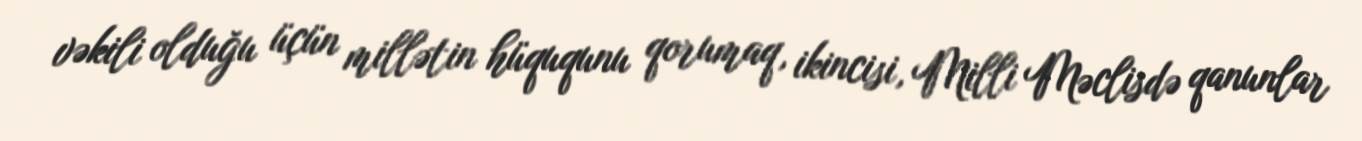
vəkili olduğu üçün millətin hüququnu qorumaq, ikincisi, Milli Məclisdə qanunlar